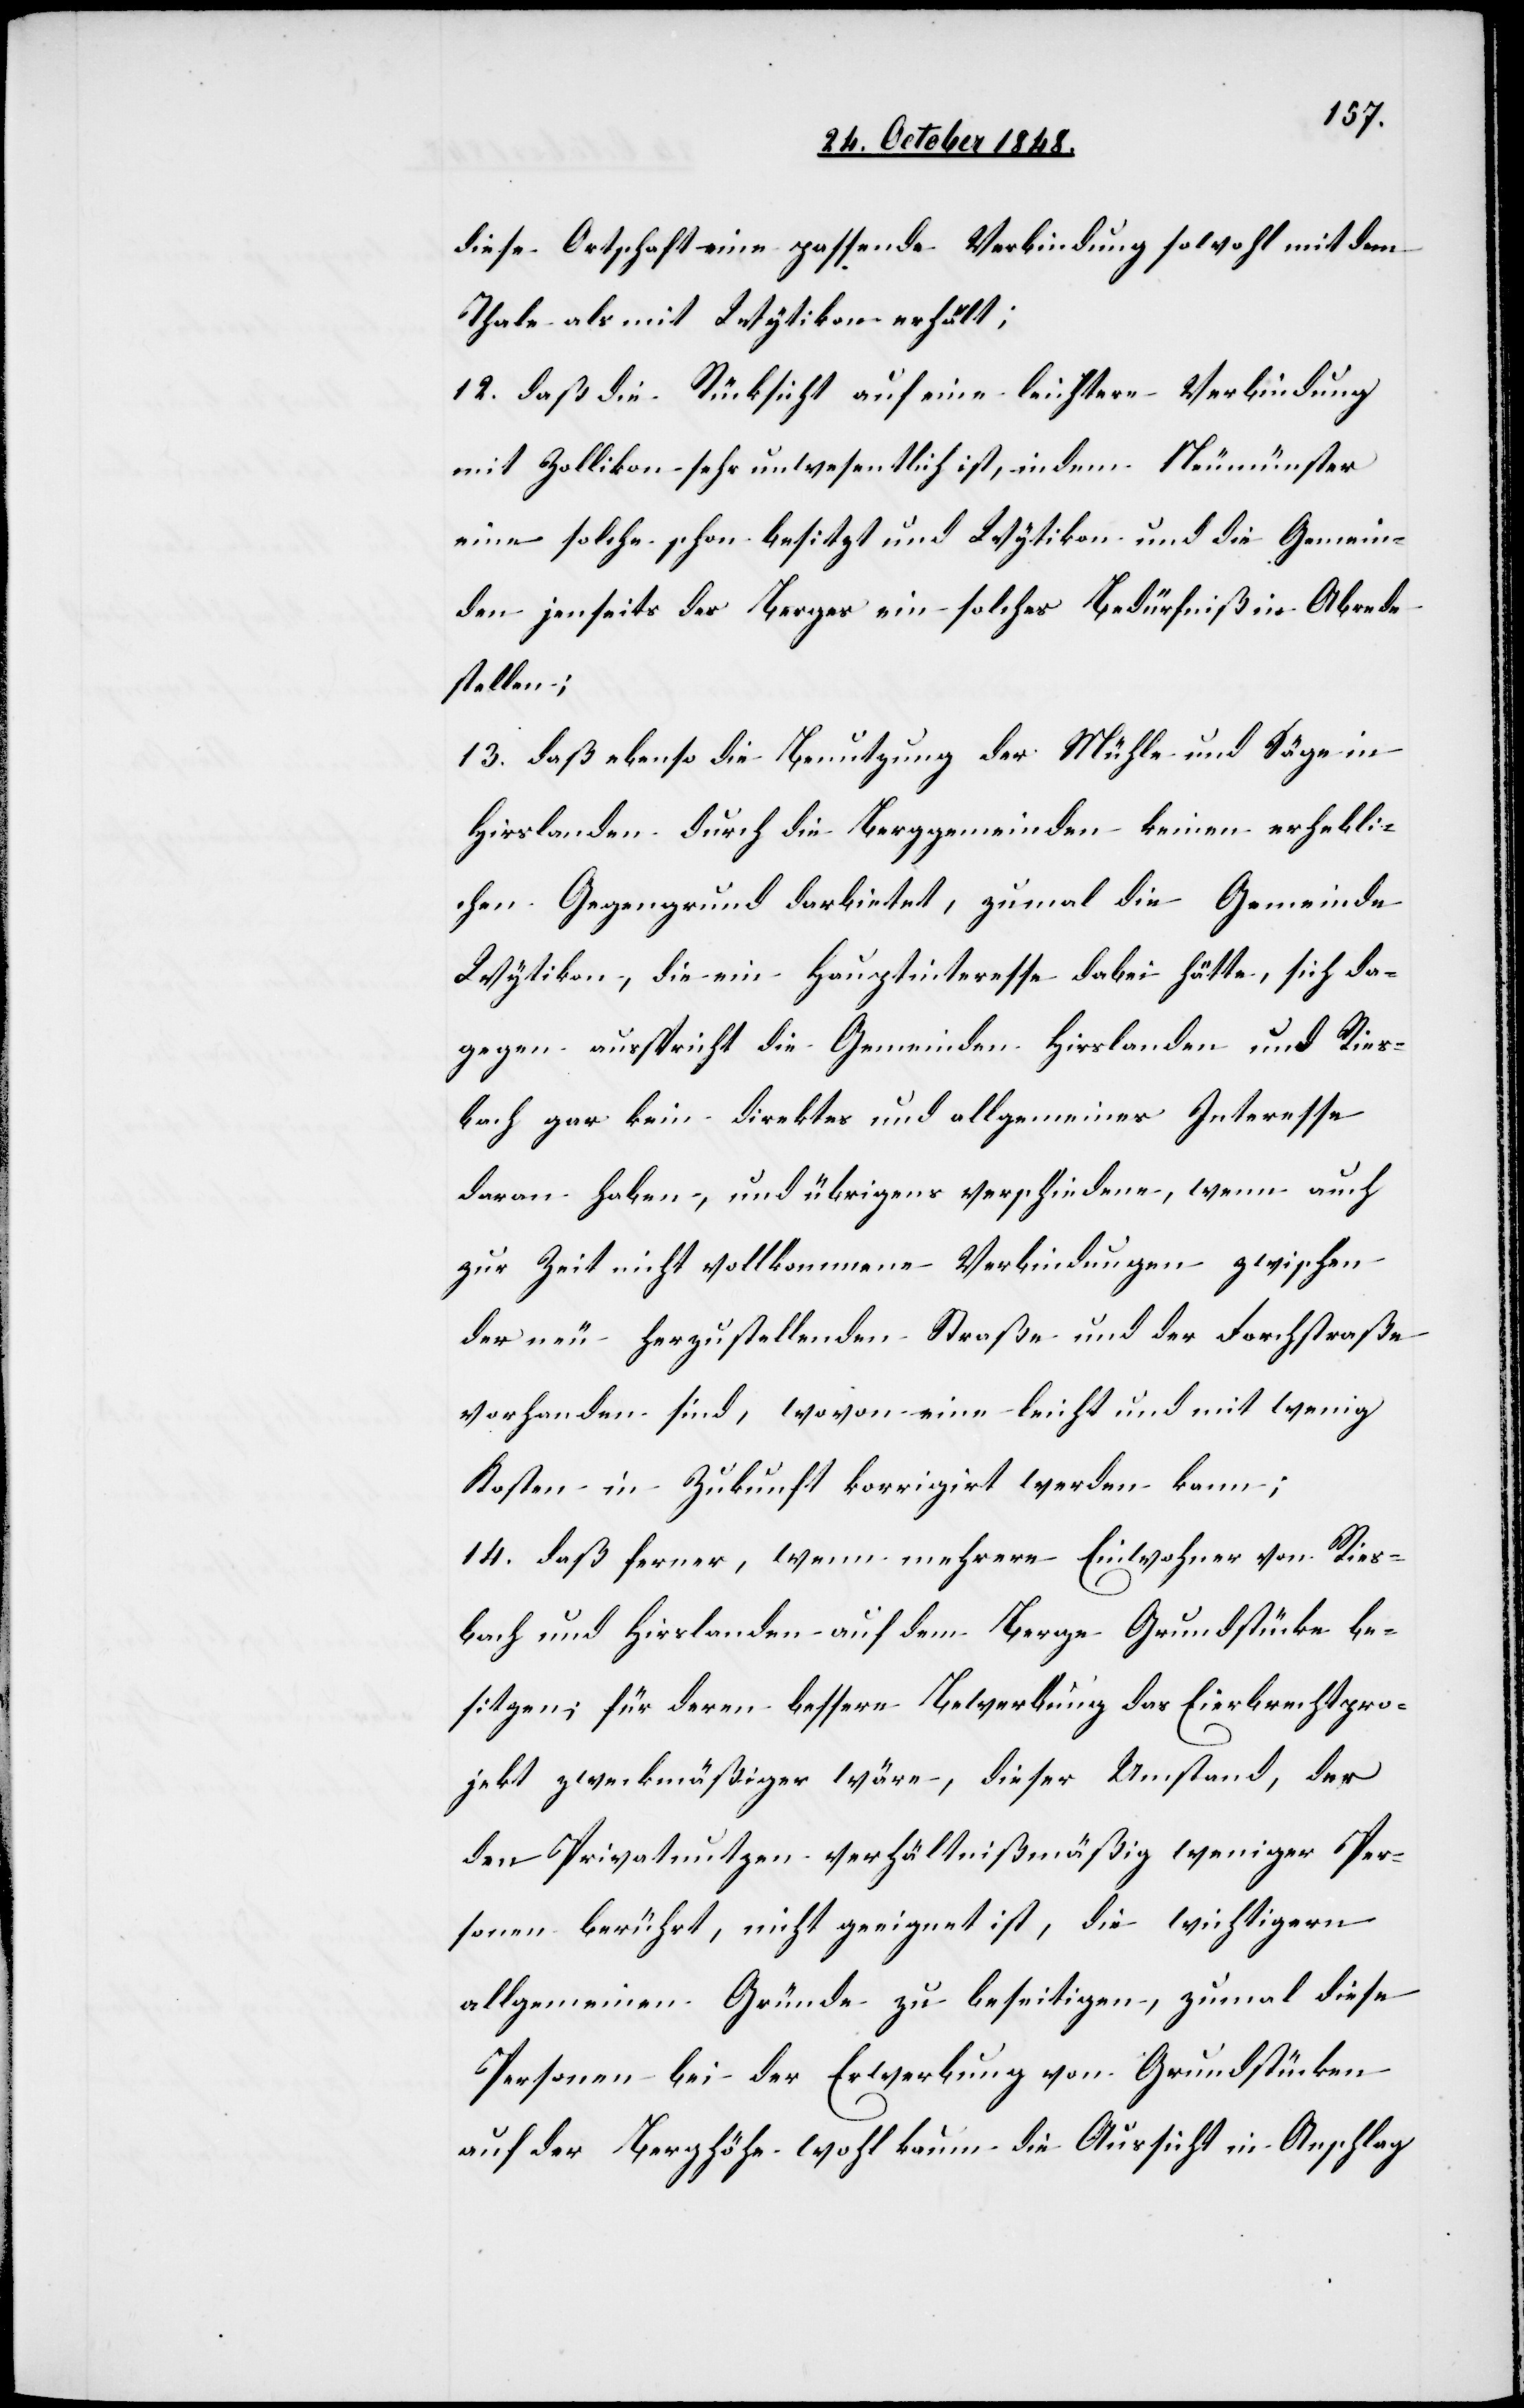
diese Ortschaft eine passende Verbindung sowohl mit dem
Thale als mit Wytikon erhält;
12. daß die Rücksicht auf eine leichtere Verbindung
mit Zollikon sehr unwesentlich ist, indem Neumünster
eine solche schon besitzt und Wytikon und die Gemein¬
den jenseits des Berges ein solches Bedürfniß in Abrede
stellen;
13. daß ebenso die Benutzung der Mühle und Säge in
Hirslanden durch die Berggemeinden keinen erhebli¬
chen Gegengrund darbietet, zumal die Gemeinde
Wytikon, die ein Hauptinteresse dabei hätte, sich da¬
gegen ausspricht die Gemeinden Hirslanden und Ries¬
bach gar kein direktes und allgemeines Interesse
daran haben, und übrigens verschiedene, wenn auch
zur Zeit nicht vollkommene Verbindungen zwischen
der neu herzustellenden Straße und der Forchstraße
vorhanden sind, wovon eine leicht und mit wenig
Kosten in Zukunft korrigirt werden kann;
14. daß ferner, wenn mehrere Einwohner von Ries¬
bach und Hirslanden auf dem Berge Grundstücke be¬
sitzen, für deren bessere Bewerbung das Eierbrechtpro¬
jekt zweckmäßiger wäre, dieser Umstand, der
den Privatnutzen verhältnißmäßig weniger Per¬
sonen berührt, nicht geeignet ist, die wichtigern
allgemeinen Gründe zu beseitigen, zumal diese
Personen bei der Erwerbung von Grundstücken
auf der Berghöhe wohl kaum die Aussicht in Anschlag